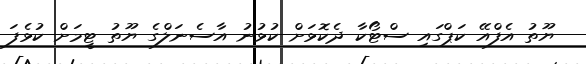
ޔޫތު އެފްއޭ ކަޕްގައި ސްޓޯކާ ދެކޮޅަށް ކުޅުނު އާސެނަލްގެ ޔޫތު ޓީމަށް ކުޅެފަ